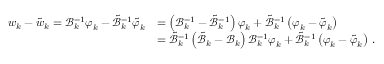
\begin{array} { r l } { { \boldsymbol { w } } _ { k } - { \boldsymbol { \tilde { w } } } _ { k } = \mathcal { B } _ { k } ^ { - 1 } { \boldsymbol { \varphi } } _ { k } - \tilde { \mathcal { B } } _ { k } ^ { - 1 } { \boldsymbol { \tilde { \varphi } } } _ { k } } & { = \left( \mathcal { B } _ { k } ^ { - 1 } - \tilde { \mathcal { B } } _ { k } ^ { - 1 } \right) { \boldsymbol { \varphi } } _ { k } + \tilde { \mathcal { B } } _ { k } ^ { - 1 } \left( { \boldsymbol { \varphi } } _ { k } - { \boldsymbol { \tilde { \varphi } } } _ { k } \right) } \\ & { = \tilde { \mathcal { B } } _ { k } ^ { - 1 } \left( \tilde { \mathcal { B } } _ { k } - \mathcal { B } _ { k } \right) \mathcal { B } _ { k } ^ { - 1 } { \boldsymbol { \varphi } } _ { k } + \tilde { \mathcal { B } } _ { k } ^ { - 1 } \left( { \boldsymbol { \varphi } } _ { k } - { \boldsymbol { \tilde { \varphi } } } _ { k } \right) \, . } \end{array}